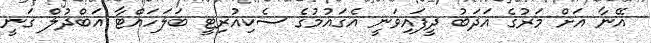
އޭނާ އަށް މަރުގެ އަދަބު ދީފައިވަނީ އެގައުމުގެ ސެކިއުރިޓީ ބަލަހައްޓާ އަބްދުލް ގަނީ